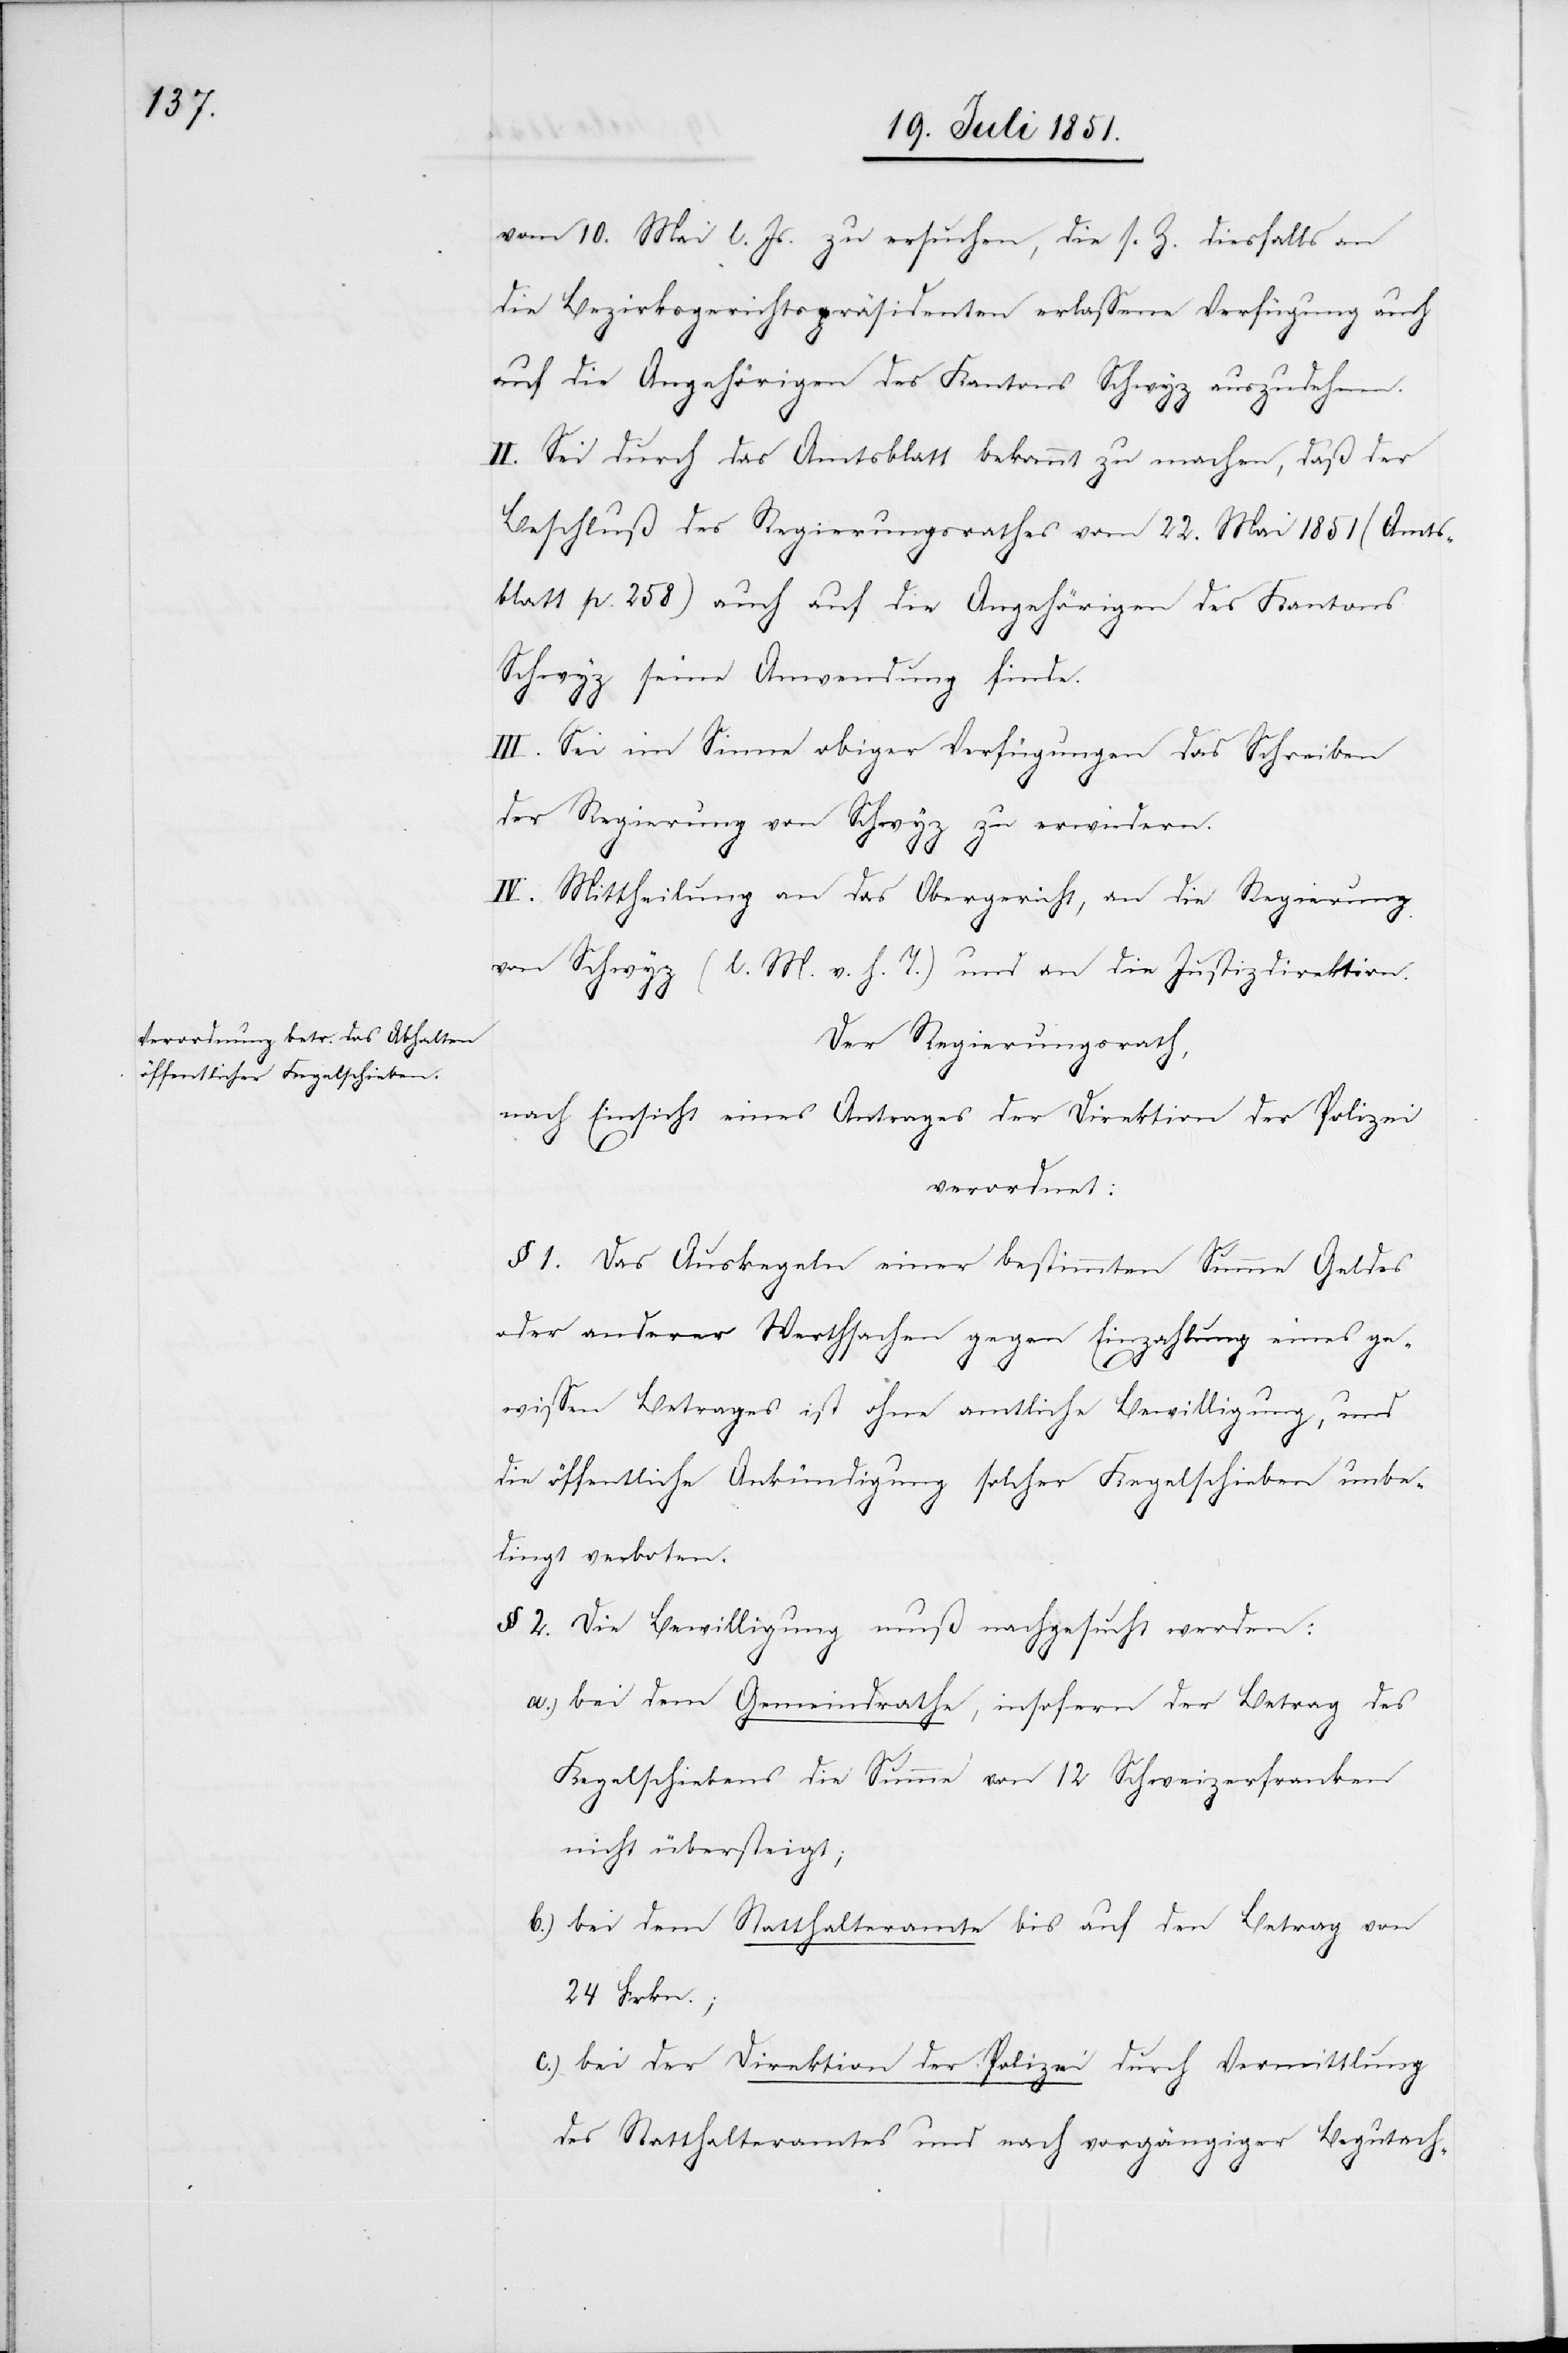
vom 10. Mai l. Js. zu ersuchen, die s. Z. diesfalls an
die Bezirksgerichtspräsidenten erlassene Verfügung auch
auf die Angehörigen des Kantons Schwyz auszudehnen.
II. Sei durch das Amtsblatt bekannt zu machen, daß der
Beschluß des Regierungsrathes vom 22. Mai 1851 (Amts¬
blatt p. 258) auch auf die Angehörigen des Kantons
Schwyz seine Anwendung finde.
III. Sei im Sinne obiger Verfügungen das Schreiben
der Regierung von Schwyz zu erwiedern.
IV. Mittheilung an das Obergericht, an die Regierung
von Schwyz (l. M. v. h. T.) und an die Justizdirektion.
Der Regierungsrath,
nach Einsicht eines Antrages der Direktion der Polizei
verordnet:
§ 1. Das Auskegeln einer bestimmten Summe Geldes
oder anderer Werthsachen gegen Einzahlung eines ge¬
c.)
wissen Betrages ist ohne amtliche Bewilligung, und
die öffentliche Ankündigung solcher Kegelschieben unbe¬
dingt verboten.
§ 2. Die Bewilligung muß nachgesucht werden:
bei dem Gemeindrathe, insofern der Betrag des
Kegelschiebens die Summe von 12 Schweizerfranken
nicht übersteigt;
bei dem Statthalteramte bis auf den Betrag von
24 Frkn.;
bei der Direktion der Polizei durch Vermittlung
des Statthalteramtes und nach vorgängiger Begutach-